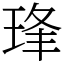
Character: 琒